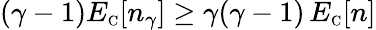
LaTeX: (\gamma-1)E_{\scriptscriptstyle\mathrm{C}}[n_{\gamma}]\geq\gamma(\gamma-1)\, E_{\scriptscriptstyle\mathrm{C}}[n]